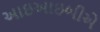
આઇઆઇબીએ